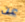
عن